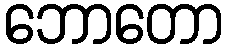
ဘောတော